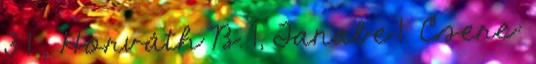
3 1 , Horváth B. 1, Tanabe 1. Csere: